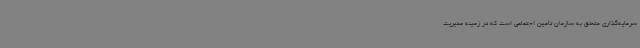
سرمایه‌گذاری متعلق به سازمان تأمین اجتماعی است که در زمینه مدیریت